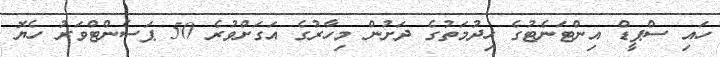
ހައި ސްޕީޑް އިންޓަނެޓުގެ ހިދުމަތުގެ ދަށުން މިހާރުގެ އަގަށްވުރެ 50 ޕަސެންޓްވަރު ހެޔޮ